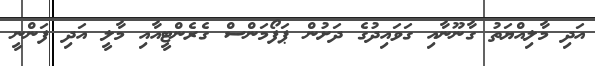
އަދި މާލިއްޔަތު ގާނޫނާއި ގަވައިދުގެ ދަށުން ޕަފޯމަންސް ގެރެންޓީއާއި މާލީ އަދި ފަންނީ